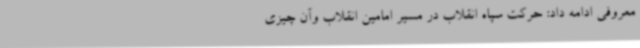
معروفی ادامه داد: حرکت سپاه انقلاب در مسیر امامین انقلاب وآن چیزی